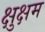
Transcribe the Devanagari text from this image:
क्षुक्षम